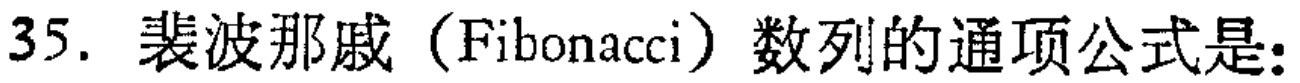
35. 裴波那戚（Fibonacci）数列的通项公式是: